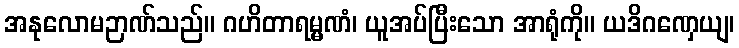
အနုလောမဉာဏ်သည်။ ဂဟိတာရမ္မဏံ၊ ယူအပ်ပြီးသော အာရုံကို။ ယဒိဂဏှေယျ၊